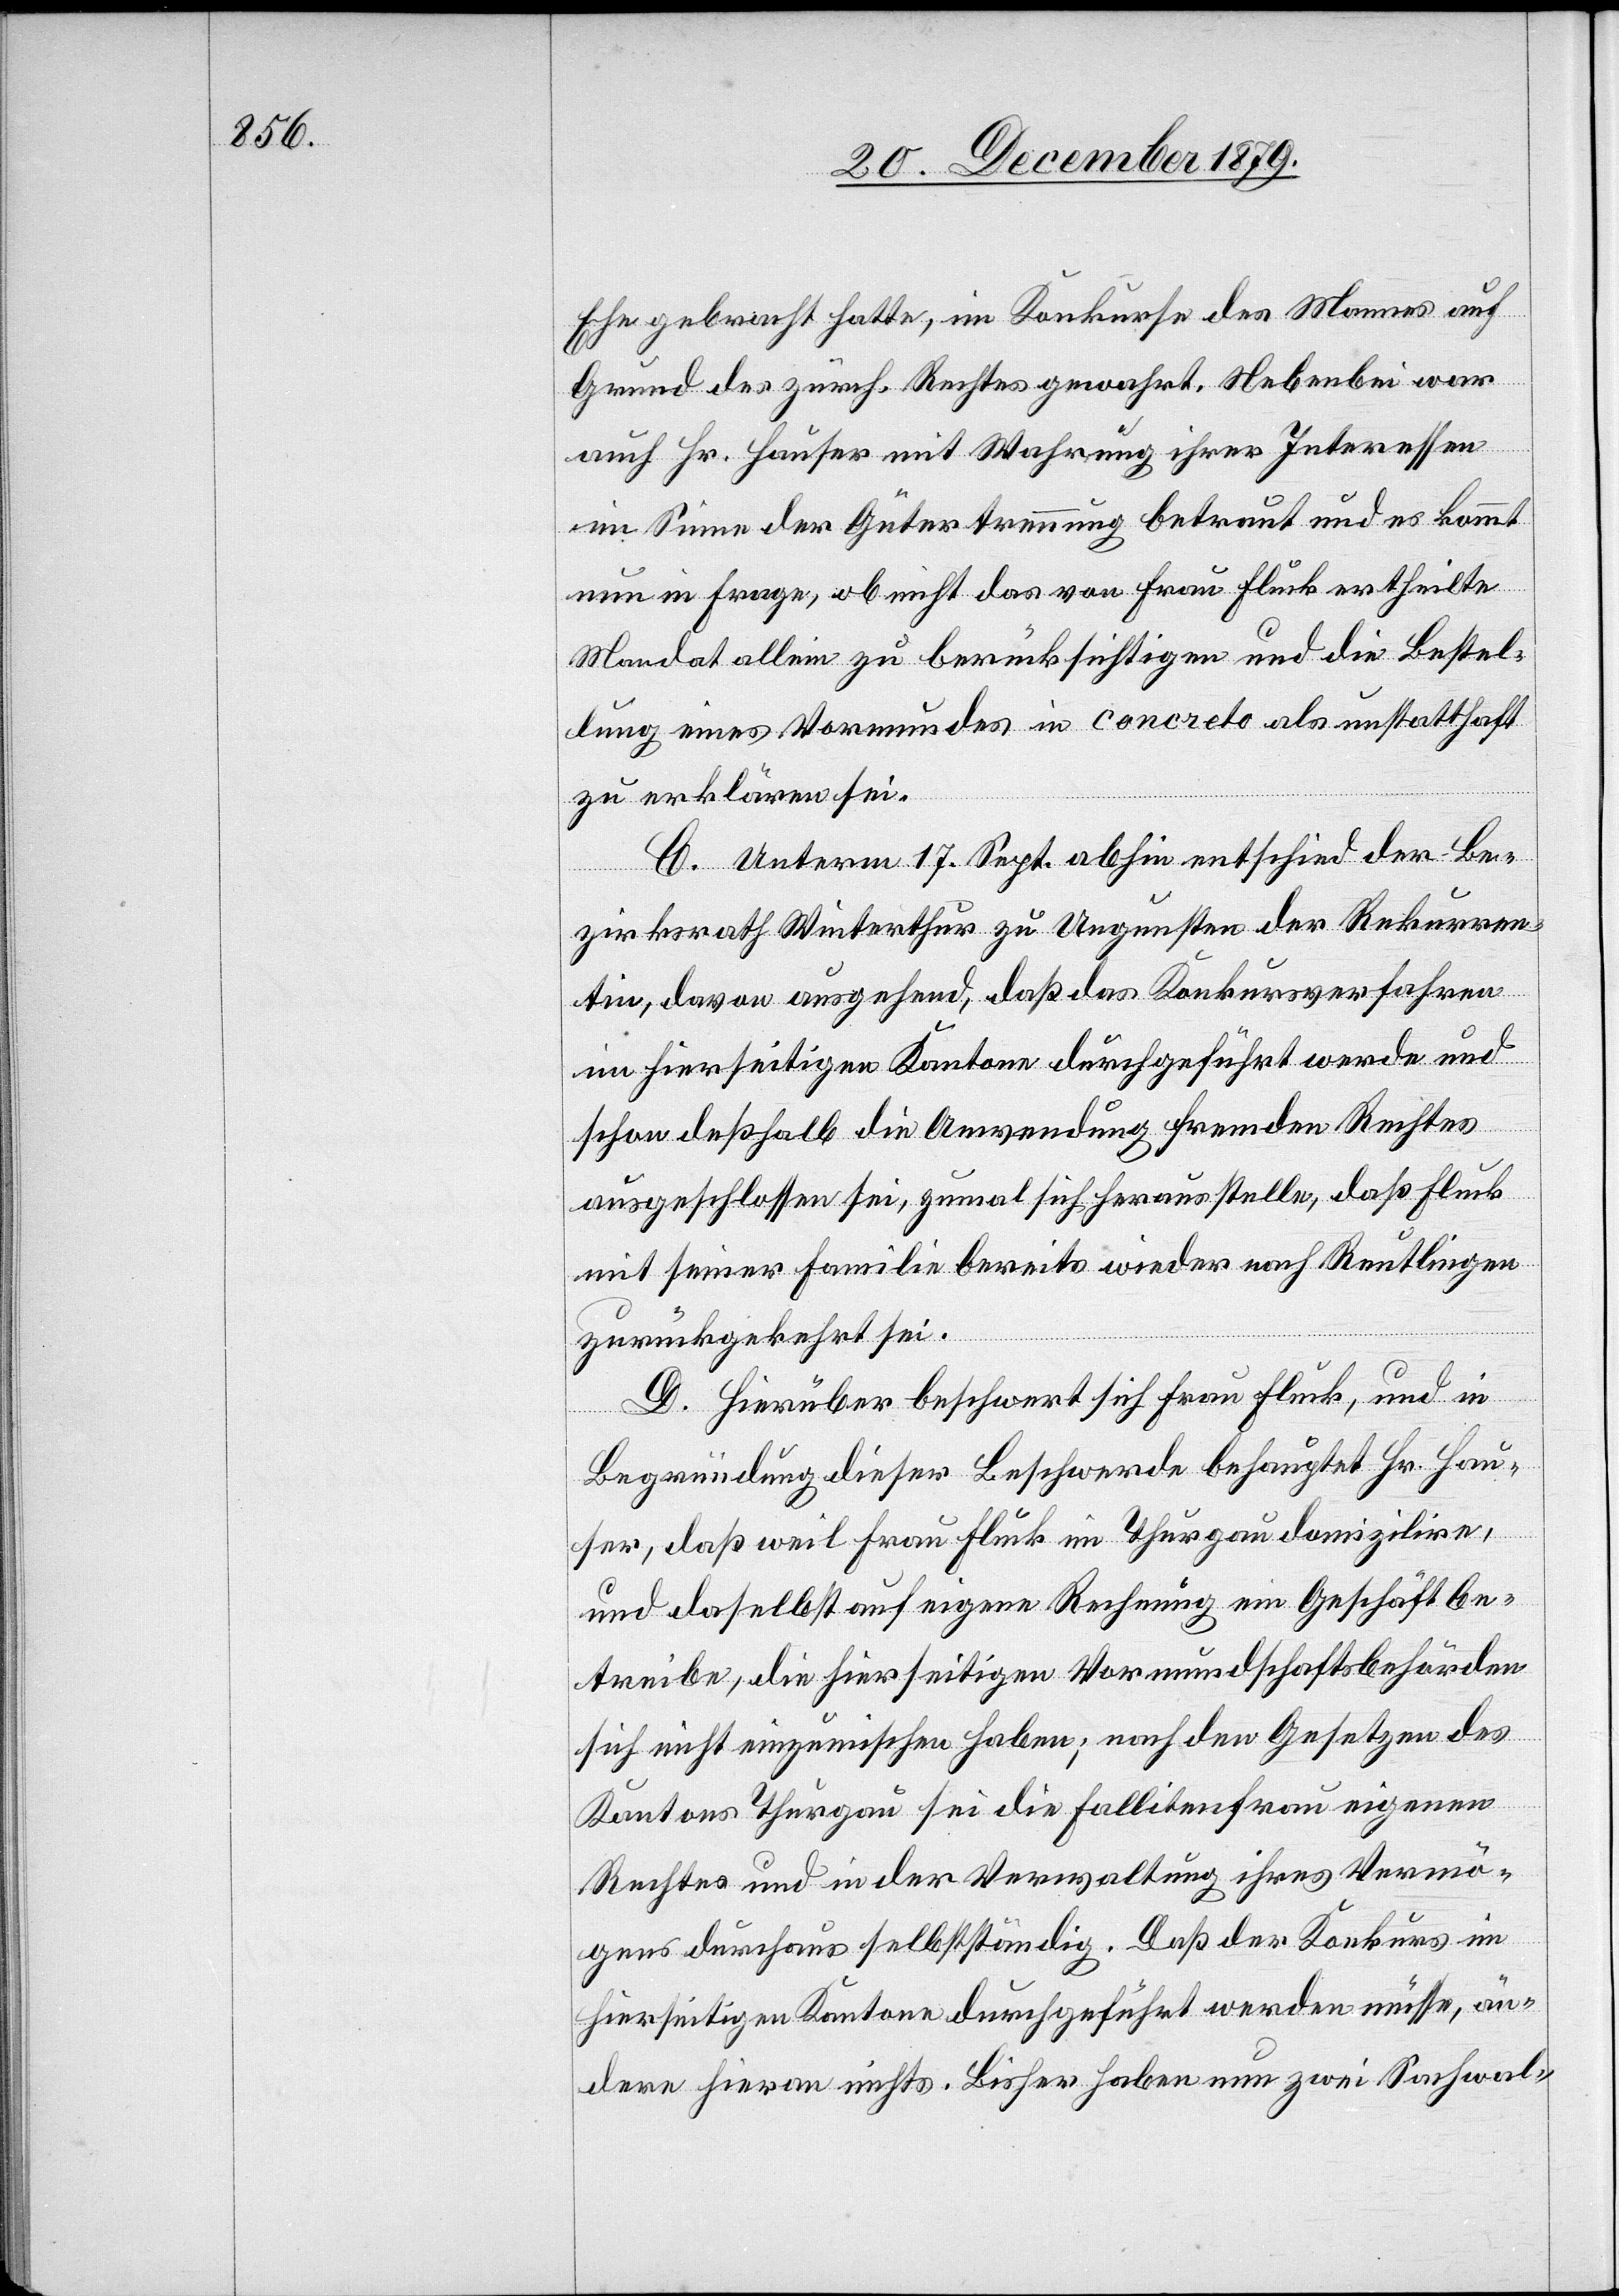
Ehe gebracht hatte, im Konkurse des Mannes auf
Grund des zürch. Rechtes gewahrt. Nebenbei war
auch Hr. Hauser mit Wahrung ihrer Interessen
im Sinne der Gütertrennung betraut und es kommt
nun in Frage, ob nicht das von Frau Fluck ertheilte
Mandat allein zu berücksichtigen und die Bestel¬
lung eines Vormundes in concreto als unstatthaft
zu erklären sei.
C. Unterm 13. Sept. abhin entschied der Be¬
zirksrath Winterthur zu Ungunsten der Rekurren¬
tin, davon ausgehend, daß das Konkursverfahren
im hierseitigen Kanton durchgeführt werde und
schon deßhalb die Anwendung fremden Rechtes
ausgeschlossen sei, zumal sich herausstelle, daß Fluck
mit seiner Familie bereits wieder nach Reutlingen
zurückgekehrt sei.
D. Hierüber beschwert sich Frau Fluck, und in
Begründung dieser Beschwerde behauptet Hr. Hau¬
ser, daß weil Frau Fluck im Thurgau domizilire,
und daselbst auf eigene Rechnung ein Geschäft be¬
treibe, die hierseitigen Vormundschaftsbehörden
sich nicht einzumischen haben; nach den Gesetzen des
Kantons Thurgau sei die Fallitenfrau eigenen
Rechtes und in der Verwaltung ihres Vermö¬
gens durchaus selbstständig. Daß der Konkurs im
hierseitigen Kantone durchgeführt werden müsse, än¬
dere hieran nichts. Bisher haben nun zwei Sachwal-